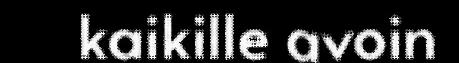
kaikille avoin